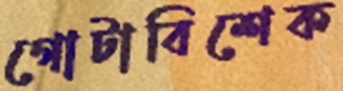
গোটাবিশেক